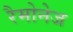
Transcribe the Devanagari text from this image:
रैमोनेज